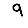
Digit: 9